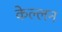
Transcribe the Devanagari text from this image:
केल्लन